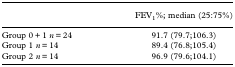
<table><thead><tr><td>[EMPTY_CELL]</td><td><b>FEV<sub>1</sub>%; median (25:75%)</b></td></tr></thead><tbody><tr><td>Group 0 + 1 <i>n</i> = 24</td><td>91.7 (79.7;106.3)</td></tr><tr><td>Group 1 <i>n</i> = 14</td><td>89.4 (76.8;105.4)</td></tr><tr><td>Group 2 <i>n</i> = 14</td><td>96.9 (79.6;104.1)</td></tr></tbody></table>